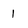
Character: 1